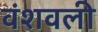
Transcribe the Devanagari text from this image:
वंशवली